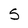
Character: S